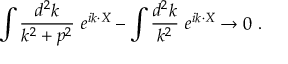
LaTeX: \int { \frac { d ^ { 2 } k } { k ^ { 2 } + p ^ { 2 } } } ~ e ^ { i k \cdot X } - \int { \frac { d ^ { 2 } k } { k ^ { 2 } } } ~ e ^ { i k \cdot X } \rightarrow 0 ~ .